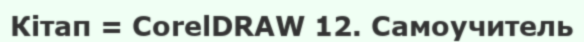
Кітап = CorelDRAW 12. Самоучитель